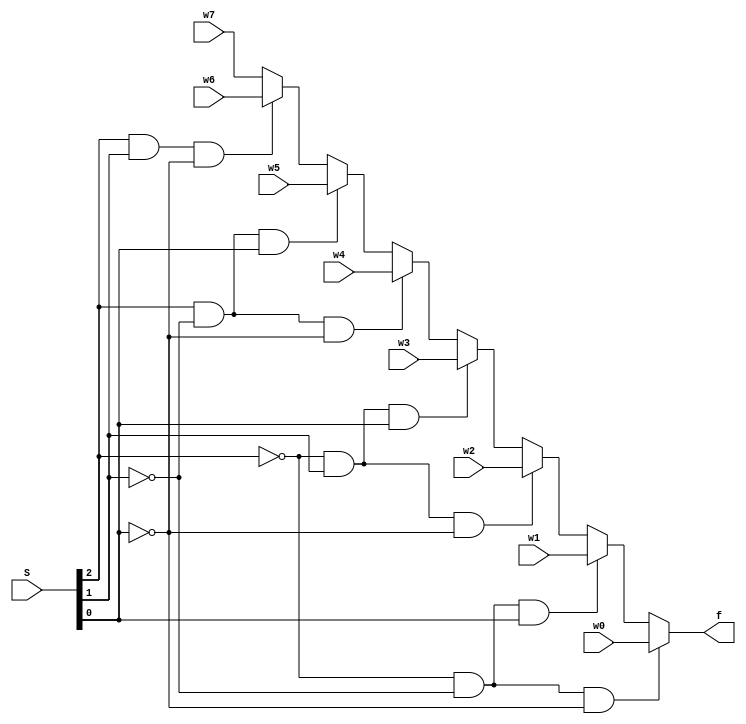
`timescale 1ns / 1ps
//////////////////////////////////////////////////////////////////////////////////
// Company: 
// Engineer: 
// 
// Design Name: 
// Module Name: Mux8_1_ifelse
// Project Name: 
// Target Devices: 
// Tool Versions: 
// Description: 
// 
// Dependencies: 
// 
// Revision:
// Revision 0.01 - File Created
// Additional Comments:
// 
//////////////////////////////////////////////////////////////////////////////////

module Mux8_1(w7, w6, w5, w4, w3, w2, w1, w0, S, f);

    input w7, w6, w5, w4, w3, w2, w1, w0;
    input [2:0] S;
    output reg f;
    
    always @(*)
        if(S[2]==0 && S[1]==0 && S[0]==0) f=w0;
        else if(S[2]==0 && S[1]==0 && S[0]==1) f=w1;
        else if(S[2]==0 && S[1]==1 && S[0]==0) f=w2;
        else if(S[2]==0 && S[1]==1 && S[0]==1) f=w3;
        else if(S[2]==1 && S[1]==0 && S[0]==0) f=w4;
        else if(S[2]==1 && S[1]==0 && S[0]==1) f=w5;
        else if(S[2]==1 && S[1]==1 && S[0]==0) f=w6;
        else f=w7;
        

endmodule